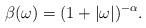
LaTeX: \begin{align*}\beta(\omega) = (1 + |\omega |)^{-\alpha}.\end{align*}